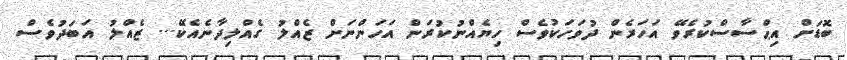
ބޮޑަށް އިޙްސާސްކުރެވޭ އަހަރެން ދުވަހަކުވެސް ހިޔެއްނުކުރަން އަހަންނަށް ޒެއްލު ގެއްލިދާނެއެކޭ... ޒެއްލު އަބަދުވެސް